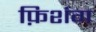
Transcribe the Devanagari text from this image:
फ़िशंग